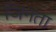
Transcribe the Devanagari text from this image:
जिनता